Malaria in the Punjab - Number 46
Disease focus: Malaria
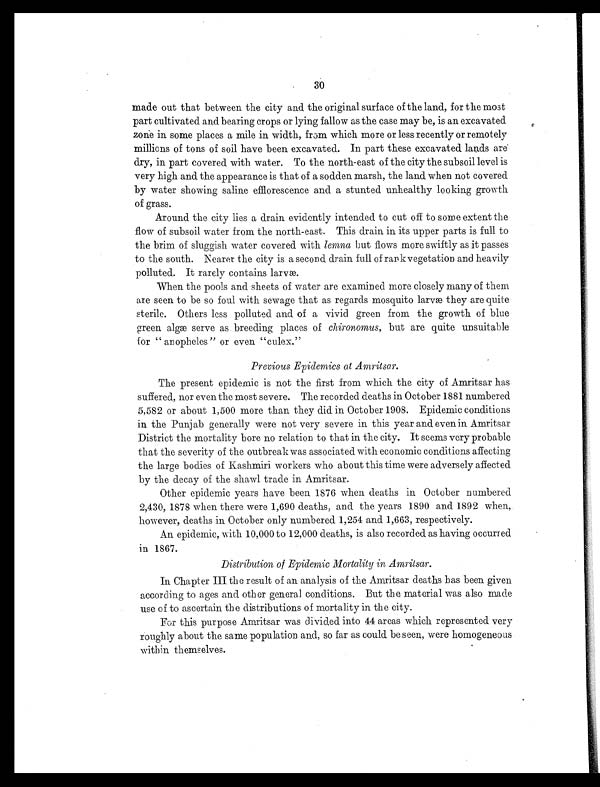
30
made out that between the city and the original surface of the land, for the most
part cultivated and bearing crops or lying fallow as the case may be, is an excavated
zone in some places a mile in width, from which more or less recently or remotely
millions of tons of soil have been excavated. In part these excavated lands are
dry, in part covered with water. To the north-east of the city the subsoil level is
very high and the appearance is that of a sodden marsh, the land when not covered
by water showing saline efflorescence and a stunted unhealthy looking growth
of grass.
Around the city lies a drain evidently intended to cut off to some extent the
flow of subsoil water from the north-east. This drain in its upper parts is full to
the brim of sluggish water covered with lemna but flows more swiftly as it passes
to the south. Nearer the city is a second drain full of rank vegetation and heavily
polluted. It rarely contains larvæ.
When the pools and sheets of water are examined more closely many of them
are seen to be so foul with sewage that as regards mosquito larvæ they are quite
sterile. Others less polluted and of a vivid green from the growth of blue
green algæ serve as breeding places of chironomus, but are quite unsuitable
for "anopheles" or even "culex."
Previous Epidemics at Amritsar.
The present epidemic is not the first from which the city of Amritsar has
suffered, nor even the most severe. The recorded deaths in October 1881 numbered
5,582 or about 1,500 more than they did in October 1908. Epidemic conditions
in the Punjab generally were not very severe in this year and even in Amritsar
District the mortality bore no relation to that in the city. It seems very probable
that the severity of the outbreak was associated with economic conditions affecting
the large bodies of Kashmiri workers who about this time were adversely affected
by the decay of the shawl trade in Amritsar.
Other epidemic years have been 1876 when deaths in October numbered
2,430, 1878 when there were 1,690 deaths, and the years 1890 and 1892 when,
however, deaths in October only numbered 1,254 and 1,663, respectively.
An epidemic, with 10,000 to 12,000 deaths, is also recorded as having occurred
in 1867.
Distribution of Epidemic Mortality in Amritsar.
In Chapter III the result of an analysis of the Amritsar deaths has been given
according to ages and other general conditions. But the material was also made
use of to ascertain the distributions of mortality in the city.
For this purpose Amritsar was divided into 44 areas which represented very
roughly about the same population and, so far as could be seen, were homogeneous
within themselves.